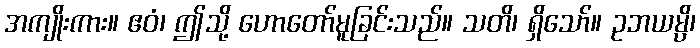
အကျိုးကား။ ဧဝံ၊ ဤသို့ ဟောတော်မူခြင်းသည်။ သတိ၊ ရှိသော်။ ဥဘယမ္ပိ၊